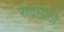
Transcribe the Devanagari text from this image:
रेलसाठी